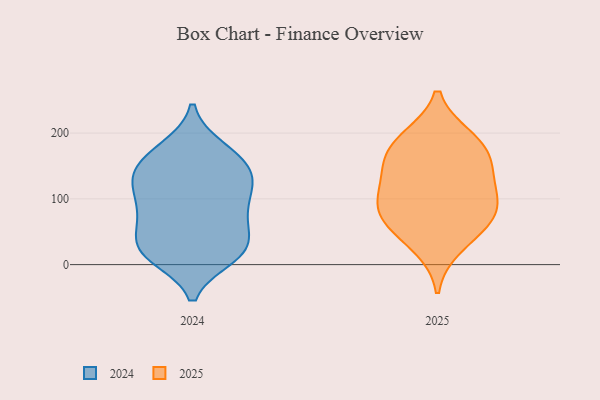
{"axis": {"x": "Website Visitors", "y": "Value"}, "legend": ["2024", "2025"], "data": [{"x": "", "y": 177, "type": "2024"}, {"x": "", "y": 83, "type": "2024"}, {"x": "", "y": 147, "type": "2024"}, {"x": "", "y": 121, "type": "2024"}, {"x": "", "y": 27, "type": "2024"}, {"x": "", "y": 22, "type": "2024"}, {"x": "", "y": 22, "type": "2024"}, {"x": "", "y": 161, "type": "2024"}, {"x": "", "y": 119, "type": "2024"}, {"x": "", "y": 12, "type": "2024"}, {"x": "", "y": 20, "type": "2024"}, {"x": "", "y": 19, "type": "2024"}, {"x": "", "y": 175, "type": "2024"}, {"x": "", "y": 135, "type": "2024"}, {"x": "", "y": 90, "type": "2024"}, {"x": "", "y": 59, "type": "2024"}, {"x": "", "y": 64, "type": "2024"}, {"x": "", "y": 143, "type": "2024"}, {"x": "", "y": 80, "type": "2024"}, {"x": "", "y": 124, "type": "2024"}, {"x": "", "y": 79, "type": "2025"}, {"x": "", "y": 62, "type": "2025"}, {"x": "", "y": 27, "type": "2025"}, {"x": "", "y": 169, "type": "2025"}, {"x": "", "y": 191, "type": "2025"}, {"x": "", "y": 62, "type": "2025"}, {"x": "", "y": 92, "type": "2025"}, {"x": "", "y": 104, "type": "2025"}, {"x": "", "y": 116, "type": "2025"}, {"x": "", "y": 149, "type": "2025"}, {"x": "", "y": 151, "type": "2025"}, {"x": "", "y": 193, "type": "2025"}]}